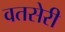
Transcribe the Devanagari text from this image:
वतसेरी